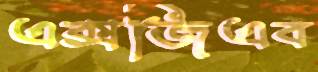
এক্সজিএব